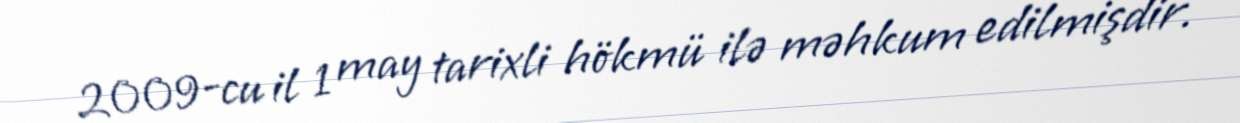
2009-cu il 1 may tarixli hökmü ilə məhkum edilmişdir.